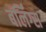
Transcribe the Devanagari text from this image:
बर्लिंग्स